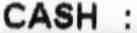
CASH :